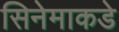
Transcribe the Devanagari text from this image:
सिनेमाकडे